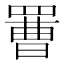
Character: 𦋿